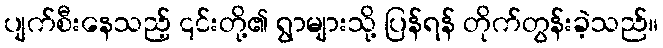
ပျက်စီးနေသည့် ၎င်းတို့၏ ရွာများသို့ ပြန်ရန် တိုက်တွန်းခဲ့သည်။